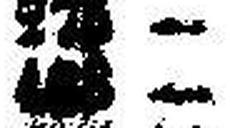
428 —